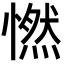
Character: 㦓